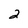
Character: 2